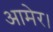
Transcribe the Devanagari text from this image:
आमेर।